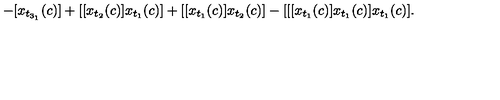
- [ x _ { t _ { 3 _ { 1 } } } ( c ) ] + [ [ x _ { t _ { 2 } } ( c ) ] x _ { t _ { 1 } } ( c ) ] + [ [ x _ { t _ { 1 } } ( c ) ] x _ { t _ { 2 } } ( c ) ] - [ [ [ x _ { t _ { 1 } } ( c ) ] x _ { t _ { 1 } } ( c ) ] x _ { t _ { 1 } } ( c ) ] .